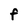
Character: f